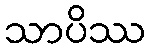
သာပိဿ